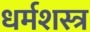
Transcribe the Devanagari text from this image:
धर्मशस्त्र